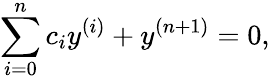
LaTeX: \sum_{i=0}^{n}c_{i}y^{(i)}+y^{(n+1)}=0,